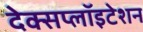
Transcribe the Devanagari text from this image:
देक्सप्लॉइटेशन